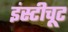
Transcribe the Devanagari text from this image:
इंस्टीचूट